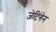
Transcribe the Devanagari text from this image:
जेटिंगेन